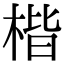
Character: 楷